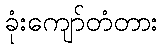
ခုံးကျော်တံတား